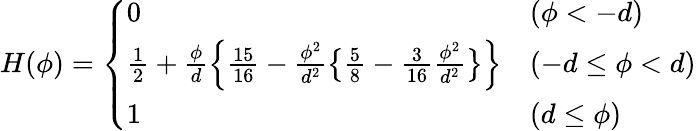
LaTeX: H(\phi)=\left\{ \begin{array}{ll}{0}&{(\phi<-d)}\\ {\frac{1}{2}+\frac{\phi}{d}\Bigl\{ \frac{15}{16}-\frac{\phi^{2}}{d^{2}}\bigl\{ \frac{5}{8}-\frac{3}{16}\frac{\phi^{2}}{d^{2}}\bigr\} \Bigr\} }&{(-d\leq\phi<d)}\\ {1}&{(d\leq\phi)}\end{array}\right.